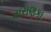
વારાણકા